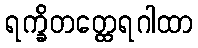
ရက္ခိတတ္ထေရဂါထာ